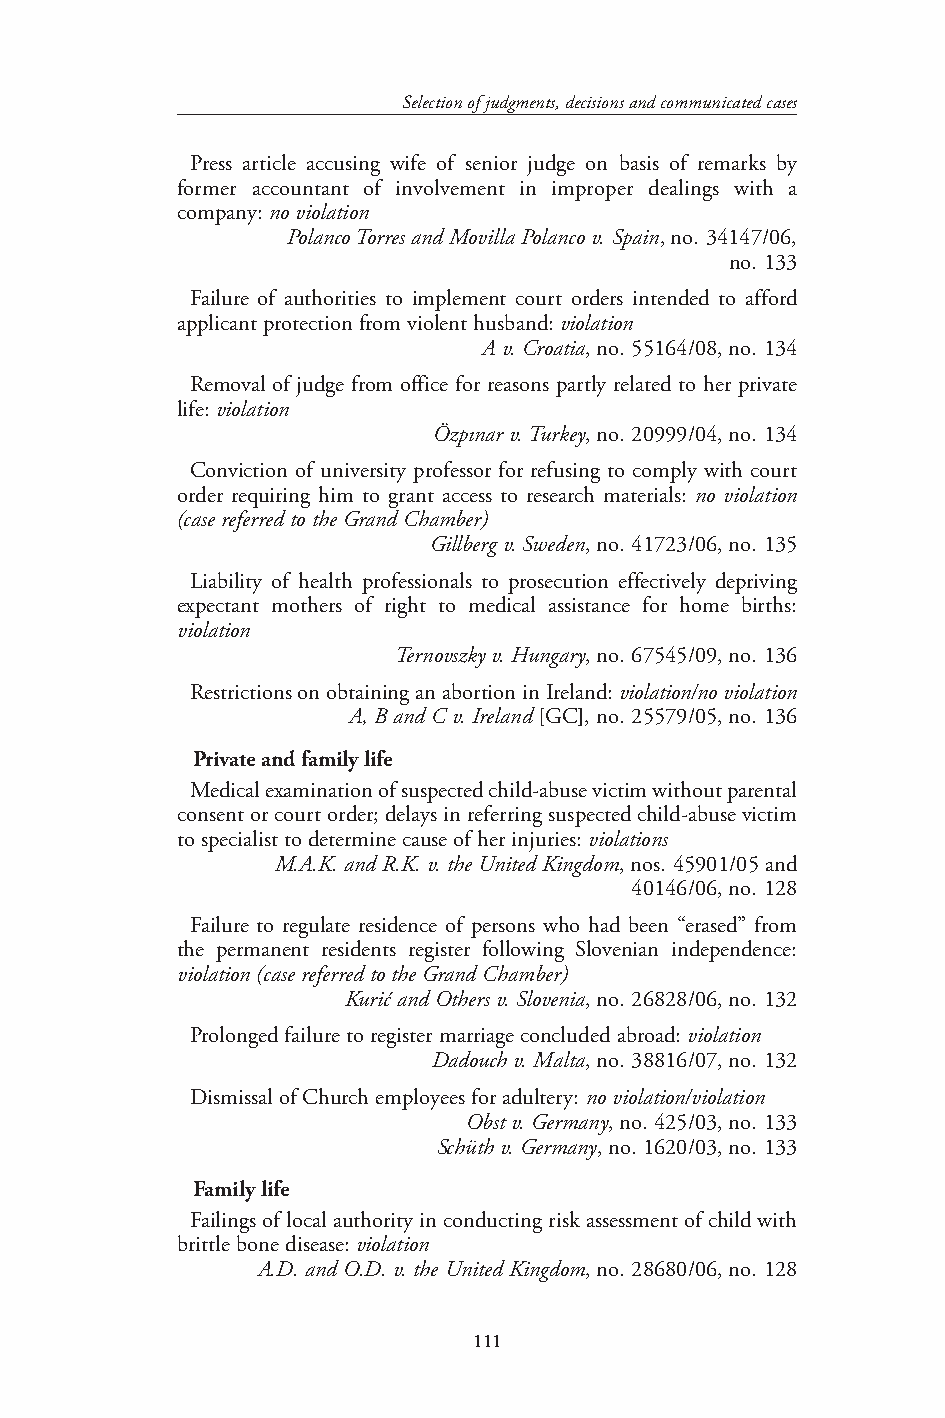
Selection of judgments, decisions and communicated cases
 Press article accusing wife of senior judge on basis of remarks by
 former accountant of involvement in improper dealings with a
 company: no violation
 Polanco Torres and Movilla Polanco v. Spain, no. 34147/06,
 no. 133
 Failure of authorities to implement court orders intended to afford
 applicant protection from violent husband: violation
 A v. Croatia, no. 55164/08, no. 134
 Removal of judge from office for reasons partly related to her private
 life: violation
 Özpınar v. Turkey, no. 20999/04, no. 134
 Conviction of university professor for refusing to comply with court
 order requiring him to grant access to research materials: no violation
 (case referred to the Grand Chamber)
 Gillberg v. Sweden, no. 41723/06, no. 135
 Liability of health professionals to prosecution effectively depriving
 expectant mothers of right to medical assistance for home births:
 violation
 Ternovszky v. Hungary, no. 67545/09, no. 136
 Restrictions on obtaining an abortion in Ireland: violation/no violation
 A, B and C v. Ireland [GC], no. 25579/05, no. 136
 Private and family life
 Medical examination of suspected child-abuse victim without parental
 consent or court order; delays in referring suspected child-abuse victim
 to specialist to determine cause of her injuries: violations
 M.A.K. and R.K. v. the United Kingdom, nos. 45901/05 and
 40146/06, no. 128
 Failure to regulate residence of persons who had been “erased” from
 the permanent residents register following Slovenian independence:
 violation (case referred to the Grand Chamber)
 Kurić and Others v. Slovenia, no. 26828/06, no. 132
 Prolonged failure to register marriage concluded abroad: violation
 Dadouch v. Malta, no. 38816/07, no. 132
 Dismissal of Church employees for adultery: no violation/violation
 Obst v. Germany, no. 425/03, no. 133
 Schüth v. Germany, no. 1620/03, no. 133
 Family life
 Failings of local authority in conducting risk assessment of child with
 brittle bone disease: violation
 A.D. and O.D. v. the United Kingdom, no. 28680/06, no. 128
 111